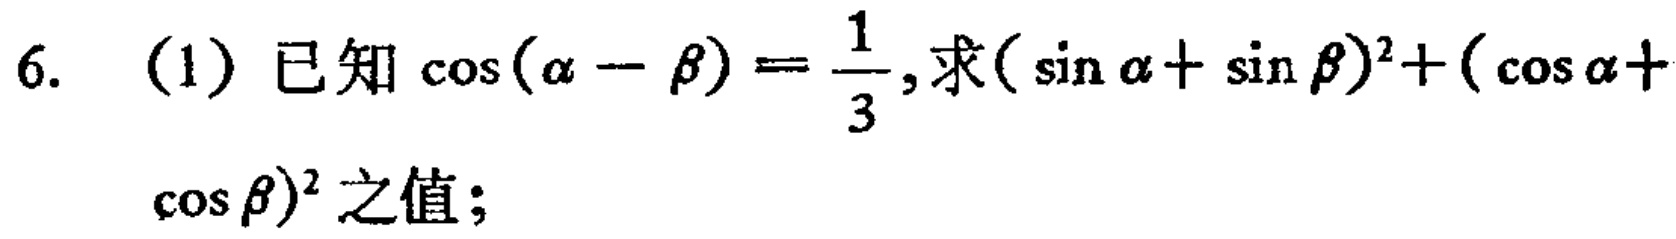
6. (1) 已知\(\cos(\alpha - \beta)=\frac{1}{3}\), 求\((\sin\alpha+\sin\beta)^{2}+(\cos\alpha + \cos\beta)^{2}\)之值;